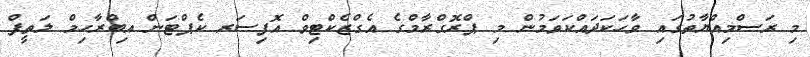
މި ރަސްމިއްޔާތުގައި ވާހަކަދައްކަވަމުން މި ޕްރޮގްރާމްގެ އެގްޒެކްޓިވް އޮފިސަރ ކެޕްޓަން އިބްރާހިމް ލަތީފް